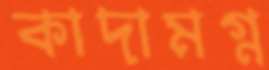
কাদামগ্ন